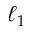
\ell _ { 1 }